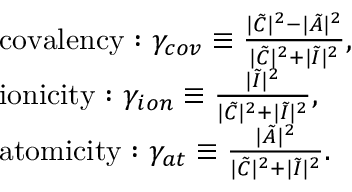
\begin{array} { r l } & { \mathrm { c o v a l e n c y : ~ } \gamma _ { c o v } \equiv \frac { | \tilde { C } | ^ { 2 } - | \tilde { A } | ^ { 2 } } { | \tilde { C } | ^ { 2 } + | \tilde { I } | ^ { 2 } } , } \\ & { \mathrm { i o n i c i t y : ~ } \gamma _ { i o n } \equiv \frac { | \tilde { I } | ^ { 2 } } { | \tilde { C } | ^ { 2 } + | \tilde { I } | ^ { 2 } } , } \\ & { \mathrm { a t o m i c i t y : ~ } \gamma _ { a t } \equiv \frac { | \tilde { A } | ^ { 2 } } { | \tilde { C } | ^ { 2 } + | \tilde { I } | ^ { 2 } } . } \end{array}